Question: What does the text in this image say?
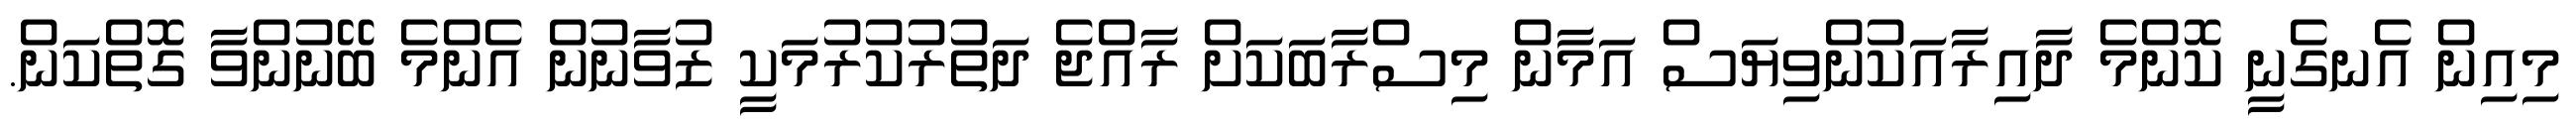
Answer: މިއިން އެނގެނީ ކޮންމެ ދާއިރާއަކުންވިޔަސް އަމާން މިސްރާބަކަށް ރާއްޖެ ދަތުރުކުރުމަކީ ޒުވާނުން އެންމެ ބޭނުންވާ ގޮތްކަން.